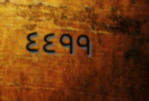
٤٤٩٩